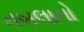
તબલાનો